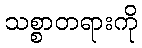
သစ္စာတရားကို